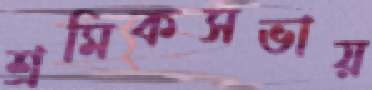
শ্রমিকসভায়